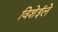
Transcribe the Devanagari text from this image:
विशेईले